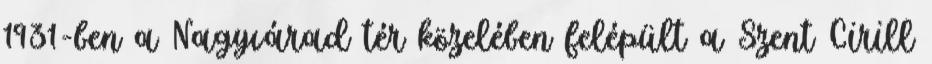
1931-ben a Nagyvárad tér közelében felépült a Szent Cirill